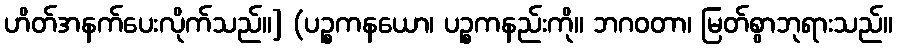
ဟိတ်အနက်ပေးလိုက်သည်။] (ပဉ္စကနယော၊ ပဉ္စကနည်းကို။ ဘဂဝတာ၊ မြတ်စွာဘုရားသည်။